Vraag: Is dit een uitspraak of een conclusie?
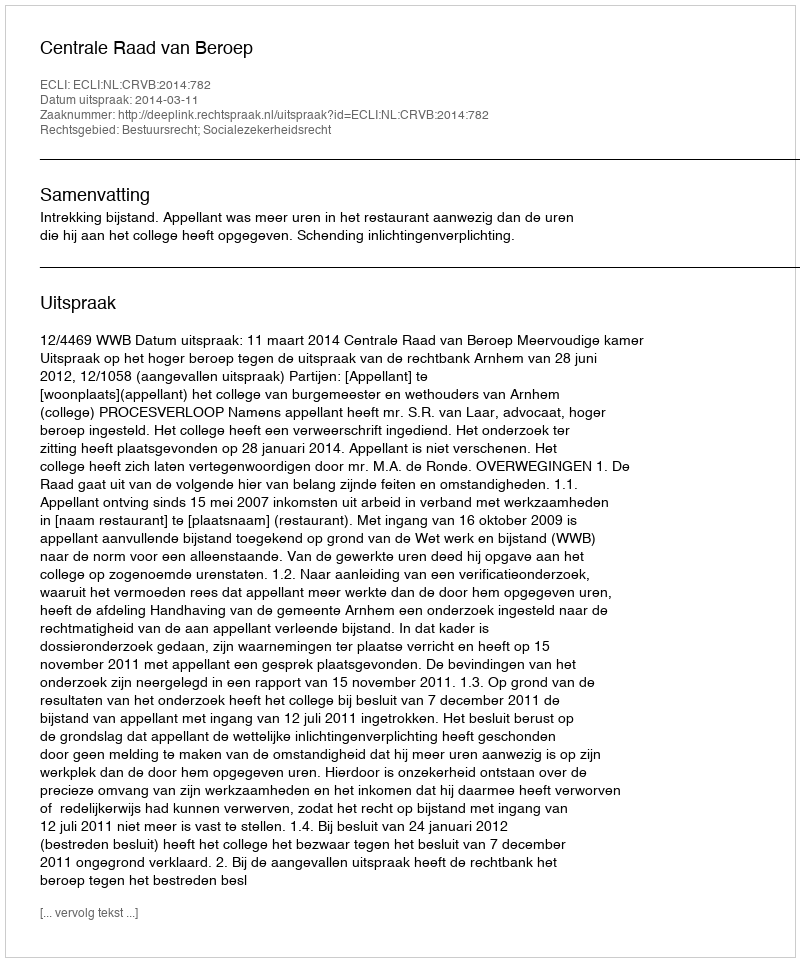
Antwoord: Uitspraak